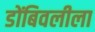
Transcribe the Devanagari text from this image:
डोंबिवलीला